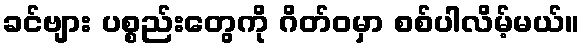
ခင်ဗျား ပစ္စည်းတွေကို ဂိတ်ဝမှာ စစ်ပါလိမ့်မယ်။